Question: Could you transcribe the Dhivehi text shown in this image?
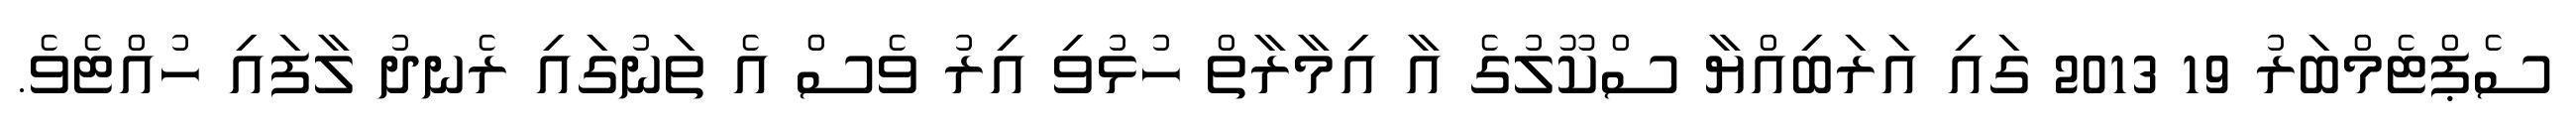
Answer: ސެޕްޓެމްބަރު 19 2013 ގައި އަރަބިއްޔާ ސްކޫލުގެ އާ އިމާރާތް ހުޅުވި އިރު ވެސް އެ ތަނުގައި ރެނދު ލާފައި ހުއްޓެވެ.